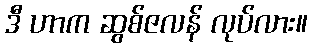
ဒီ ဟာက ဆွစ်ဇလန် လုပ်လား။